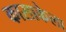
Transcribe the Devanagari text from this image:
कासाकेला